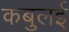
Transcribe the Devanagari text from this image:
कबुलई